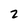
Character: 2